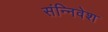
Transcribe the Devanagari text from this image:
संन्निवेश